Vaccination in the Punjab 1897-1904 - 1897-1904
Year: 1897
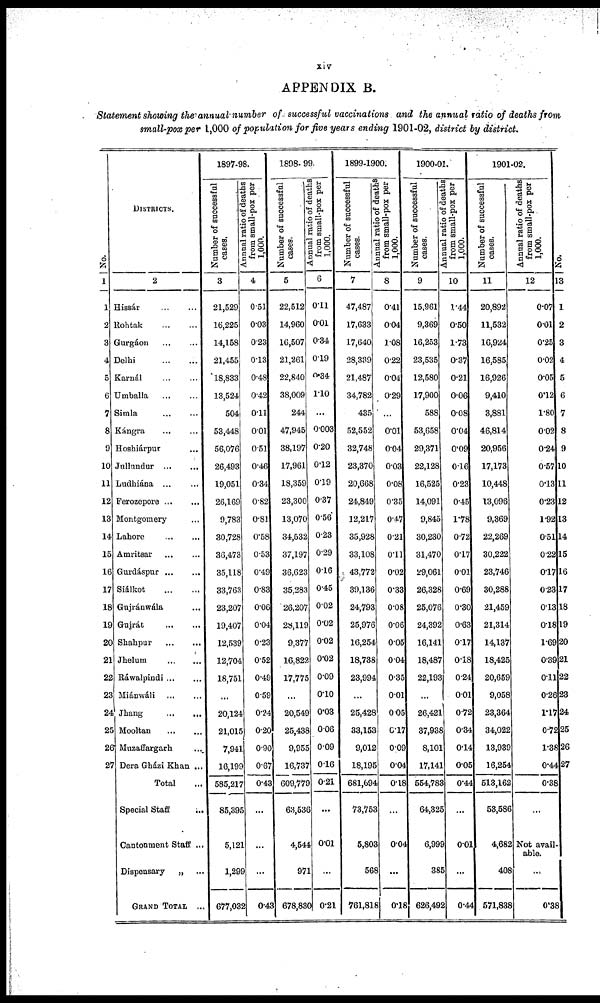
xiv
APPENDIX B.
Statement showing the annual-number of successful vaccinations and the annual ratio of deaths from
small-pox per 1,000 of population for five years ending 1901-02, district by district.
No.
1
1
2
3
4
5
6
7
8
9
10
11
12
13
14
15
16
17
18
19
20
21
22
23
24
25
26
27
DISTRICTS.
2
Hissár ... ...
Rohtak ... ...
Gurgáon ... ...
Delhi
...
...
Karnál ... ...
Umballa ... ...
Simla ... ...
Kángra ... ...
Hoshiárpur ... ...
Jullundur
...
...
Ludhiána ... ...
Ferozepore
...
...
Montgomery ... ...
Lahore
...
...
Amritsar ... ...
Gurdáspur
...
...
Siálkot
...
...
Gujránwála ... ...
Gujrát ... ...
Shahpur
...
...
Jhelum
...
...
Ráwalpindi ... ...
Miánwáli ... ...
Jhang
...
...
Mooltan
...
...
Muzaffargarh ... ...
Dera Gházi Khan ...
Total ...
Special Staff
...
Cantonment Staff ...
Dispensary
„ ...
GRAND TOTAL
...
1897-98.
Number of successful
cases.
3
21,529
16,225
14,158
21,455
18,833
13,524
504
53,448
56,076
26,493
19,051
26,169
9,783
30,728
36,473
35,118
33,763
23,207
19,407
12,539
12,704
18,751
...
20,124
21,015
7,941
16,199
585,217
85,395
5,121
1,299
677,032
Annual ratio of deaths
from small-pox per
1,000.
4
0.51
0.03
0.23
0.13
0.48
0.42
0.11
0.01
0.51
0.46
0.34
0.82
0.81
0.58
0.53
0.49
0.83
0.06
0.04
0.23
0.52
0.49
0.59
0.24
0.20
0.90
0.67
0.43
...
...
...
0.43
1898- 99.
Number of successful
cases.
5
22,512
14,960
16,507
21,261
22,840
38,009
244
47,945
38,197
17,961
18,359
23,300
13,070
34,532
37,197
36,623
35,283
26,207
28,119
9,377
16,822
17,775
...
20,549
25,438
9,955
16,737
609,779
63,536
4,544
971
678,830
Annual ratio of deaths
from small-pox per
1,000.
6
0.11
0.01
0.34
0.19
0.34
110
...
0.003
0.20
0.12
0.19
0.37
0.56
0.23
0.29
0.16
0.45
0.02
0.02
0.02
0.02
0.09
0.10
0.03
0.06
0.09
0.16
0.21
...
0.01
...
0.21
1899-1900.
Number of successful
cases.
7
47,487
17,633
17,640
28,339
21,487
34,782
435
52,552
32,748
23,370
20,668
24,849
12,217
35,928
33,108
43,772
39,136
24,793
25,976
16,254
18,738
23,994
...
25,428
33,153
9,012
18,195
681,694
73,753
5,803
568
761,818
Annual ratio of deaths
from small-pox per
1,000.
8
0.41
0.04
1.08
0.22
0.04
0.29
...
0.01
0.04
0.03
0.08
0.35
0.47
0.21
0.11
0.02
0.33
0.08
0.06
0.05
0.04
0.35
0.01
0.05
0.17
0.09
0.04
0.18
...
0.04
...
0.18
1900-01.
Number of successful
cases.
9
15,961
9,369
16,253
23,535
12,580
17,900
588
53,658
29,371
22,128
16,525
14,091
9,845
30,230
31,470
29,061
26,328
25,076
24,392
16,141
18,487
22,193
...
26,421
37,938
8,101
17,141
554,783
64,325
6,999
385
626,492
Annual ratio of deaths
from small-pox per
1,000.
10
1.44
0.50
1.73
0.37
0.21
0.06
0.08
0.04
0.09
0.16
0.23
0.45
1.78
0.72
0.17
0.01
0.69
0.30
0.63
0.17
0.18
0.24
0.01
0.72
0.34
0.14
0.05
0.44
...
0.01
...
0.44
1901-02.
Number of successful
cases.
11
20,892
11,532
16,924
16,585
16,926
9,410
3,881
46,814
20,956
17,173
10,448
13,096
9,369
22,269
30,222
23,746
30,288
21,459
21,314
14,137
18,425
20,659
9,058
23,364
34,022
13,939
16,254
513,162
53,586
4,682
408
571,838
Annual ratio of deaths
from small-pox per
1,000.
12
0.07
0.01
0.25
0.02
0.05
0.12
1.80
0.02
0.24
0.57
0.13
0.23
1.92
0.51
0.22
0.17
0.23
0.13
0.18
1.69
0.39
0.11
0.26
1.17
0.72
1.38
0.44
0.38
...
Not avail-
able.
...
0.38
No.
13
1
2
3
4
5
6
7
8
9
10
11
12
13
14
15
16
17
18
19
20
21
22
23
24
25
26
27